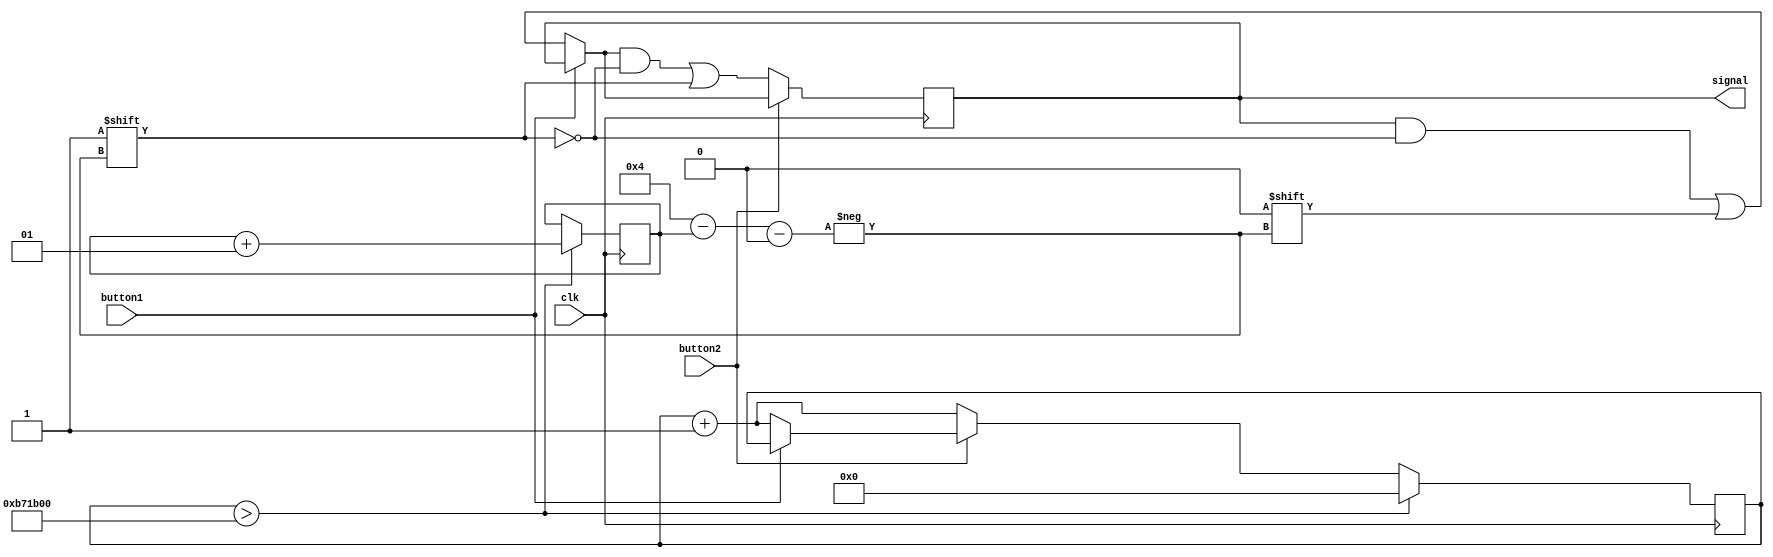
/*module morse (input button1, input button2, input CLKin, output reg [3:0]signal);
integer i = 0, c;
reg [3:0]in = 4'b0000;
reg button_old = 1, button_raise = 0;	
wire clock_out;
reg[27:0] counter=28'd0;
parameter DIVISOR = 28'd27000000;	*/
	
/*always @(posedge CLKin)begin
 counter <= counter + 28'd1;
 if(counter>=(DIVISOR-1))
  counter <= 28'd0;
end
	
assign clock_out = (counter<DIVISOR/27000000)?1'b0:1'b1;*/
//daria certo negedge button1 or negedge button2??
	//always @(posedge clock_out) begin
    // detect rising edge
    
   /* if (button_old != button2 && button2 == 1'b1)begin
        button_raise <= 1'b1;
	end
	button_old <= button2;
	
    // increment number
    if(button_raise == 1'b1)
    begin*/
  /*      if(!button1)begin
		in[i] <= 0;
        i = i + 1;
        button_raise <= 1'b0;
        end 
        else if(!button2)begin
		in[i] <= 1;
        i = i + 1;
        button_raise <= 1'b0;
		end
    

	if(i > 3)begin
		signal[0] = in[0];
		signal[1] = in[1];
		signal[2] = in[2];
		signal[3] = in[3];
	end else
			signal = 0;
			
	
end
	
endmodule*/



/*module morse(input button1,clk,output pb_out);
wire slow_clk;
reg migue = 0;
wire Q1,Q2,Q2_bar;
integer i = 0;
clock_div u1(clk,slow_clk);
my_dff d1(slow_clk, button1,Q1 );
my_dff d2(slow_clk, Q1,Q2 );
assign Q2_bar = ~Q2;
always@(*)begin
i <= i + Q1 & Q2_bar;
if(i > 5)
migue <= 1;
end
assign pb_out = migue;
//assign pb_out = Q1 & Q2_bar;
endmodule
// Slow clock for debouncing 
module clock_div(input Clk_100M, output reg slow_clk
    );
    reg [26:0]counter=0;
    always @(posedge Clk_100M)
    begin
        counter <= (counter>=249999)?0:counter+1;
        slow_clk <= (counter < 125000)?1'b0:1'b1;
    end
endmodule
// D-flip-flop for debouncing module 
module my_dff(input DFF_CLOCK, D, output reg Q);
    always @ (posedge DFF_CLOCK) begin
        Q <= D;
    end
endmodule*/


module morse(
     input clk, // CLOCK
     input button1,
     input button2,
     output [3:0]signal // LED
     );
     
reg[31:0] contador; // REGISTRA 32 DIGITOS
reg ledLigado; // SALVA STATUS DO LED
integer i = 0;
reg[3:0]pontoTraco;

initial begin
contador <= 32'b0;// ZERA O CONTADOR
ledLigado <= 0; // ESTADO DO LED  FALSO

end

always @(posedge clk) // SEMPRE NO PULSO DO CLOCK
begin
	if(~button1)
	begin
	contador <= contador + 1'b1; // SOMA UM AO CONTADOR
	pontoTraco[4 - i] = 1'b0;
	end
	
	if(~button2)
	begin
	contador <= contador + 1'b1; // SOMA UM AO CONTADOR
	pontoTraco[4 - i] = 1'b1;
	end
	
	if(contador > 12000000) // SE O CONTADOR = MXIMO
	begin
	
		i = i + 1; //TOGGLE
		contador <= 0; // ZERA CONTADOR
	end
	
	if(i > 3)begin
		ledLigado = ~ledLigado;
	end
	
end

assign signal = pontoTraco; // LED  ASSOCIADO AO ESTADO


endmodule